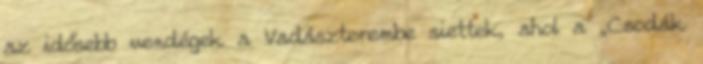
az idősebb vendégek a Vadászterembe siettek, ahol a „Csodák